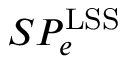
S P _ { e } ^ { \mathrm { L S S } }